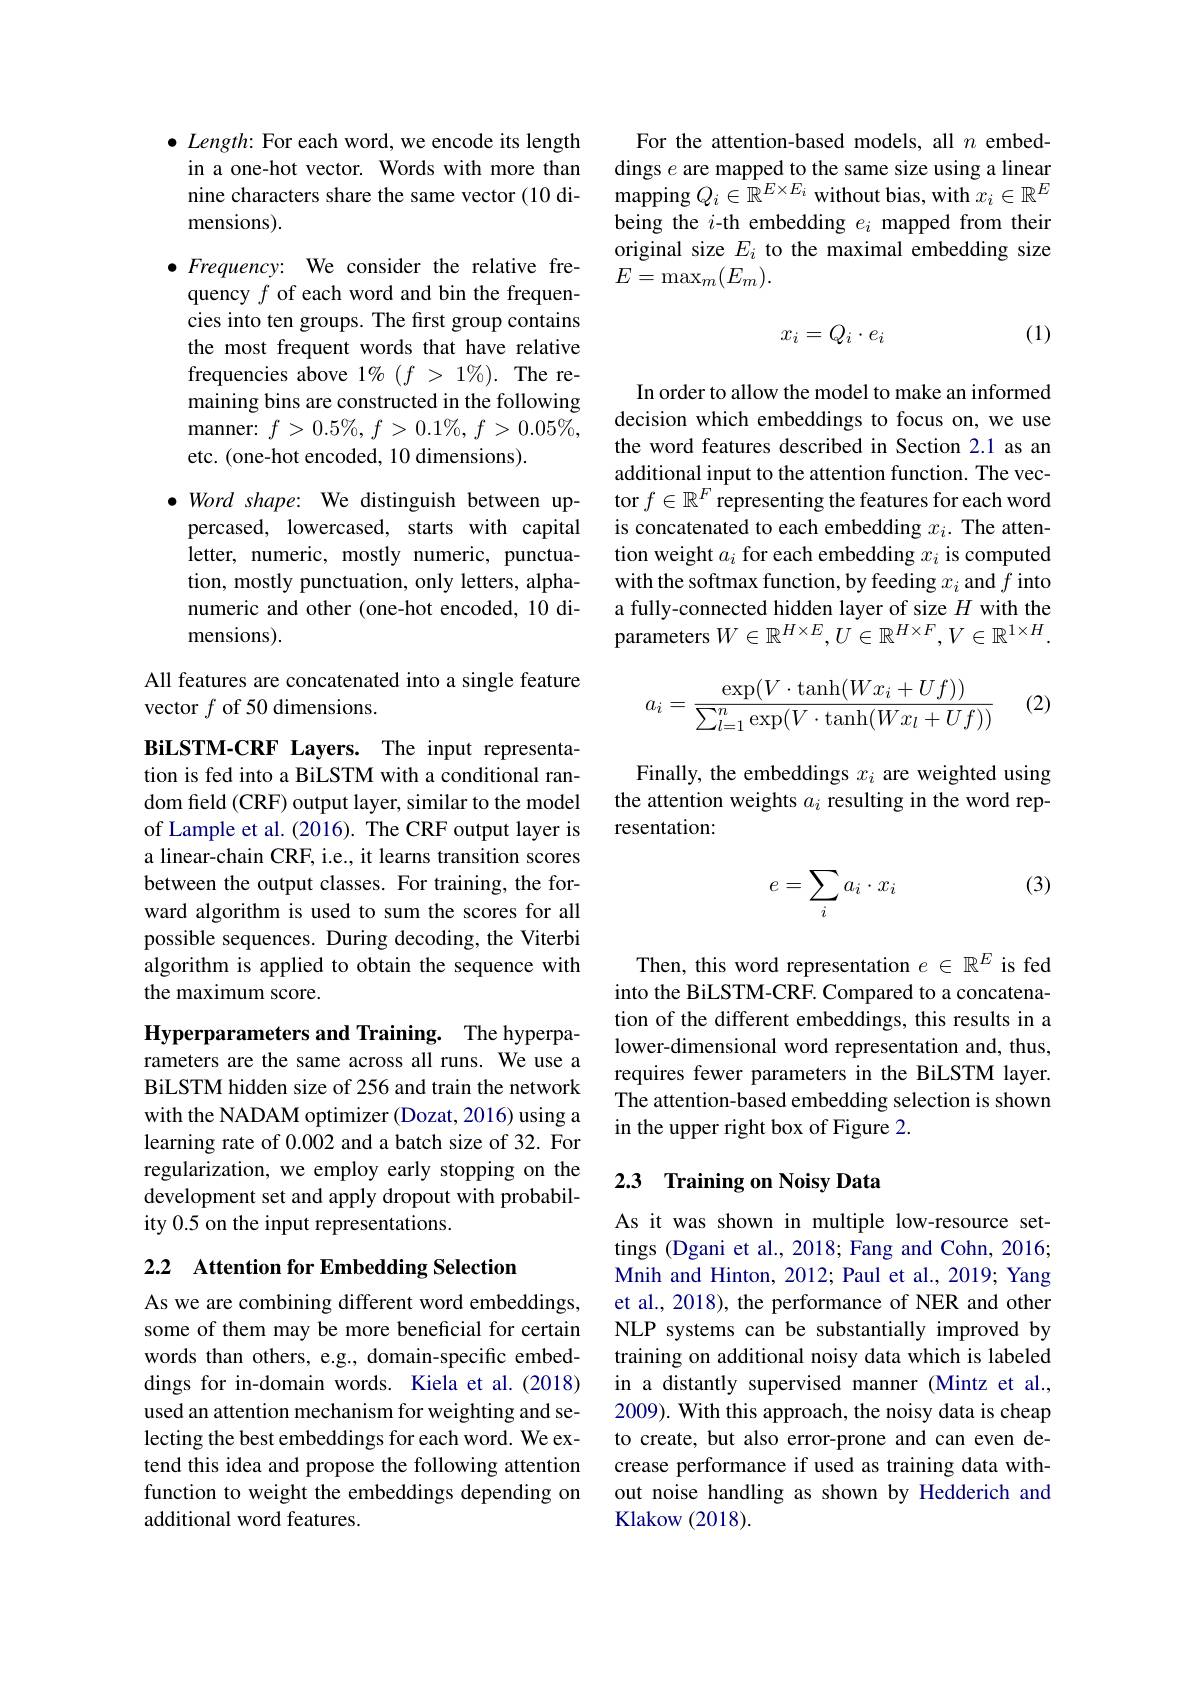
$\bullet$ Length: For each word, we encode its length in a one-hot vector. Words with more than nine characters share the same vector (10 dimensions).

$\bullet$ Frequency: We consider the relative frequency $f$ of each word and bin the frequencies into ten groups. The first group contains the most frequent words that have relative frequencies above 1% $( f$ > $1\% ) .$ The remaining bins are constructed in the following manner: $f>0.5\%,f>0.1\%,f>0.05\%$, etc. (one-hot encoded, 10 dimensions).
$\bullet$ Word shape: We distinguish between up-
percased, lowercased, starts with capital letter, numeric, mostly numeric, punctuation, mostly punctuation, only letters, alphanumeric and other (one-hot encoded, 10 dimensions).

All features are concatenated into a single feature
vector $f$ of 50 dimensions.

BiLSTM-CRF Layers. The input representation is fed into a BiLSTM with a conditional random field (CRF) output layer, similar to the model of Lample et al. (2016). The CRF output layer is a linear-chain CRF, i.e., it learns transition scores between the output classes. For training, the forward algorithm is used to sum the scores for all possible sequences. During decoding, the Viterbi algorithm is applied to obtain the sequence with the maximum score.

Hyperparameters and Training. The hyperparameters are the same across all runs. We use a BiLSTM hidden size of 256 and train the network with the NADAM optimizer (Dozat, 2016) using a learning rate of 0.002 and a batch size of 32. For regularization, we employ early stopping on the development set and apply dropout with probability 0.5 on the input representations.

## 2.2 Attention for Embedding Selection

As we are combining different word embeddings, some of them may be more beneficial for certain words than others, e.g., domain-specific embeddings for in-domain words. Kiela et al.(2018) used an attention mechanism for weighting and selecting the best embeddings for each word. We extend this idea and propose the following attention function to weight the embeddings depending on additional word features.

For the attention-based models, all $n$ embeddings $e$ are mapped to the same size using a linear ${\mathrm{mapping~}Q_i\in\mathbb{R}^{E\times E_i}}$ without bias, with $x_i\in\mathbb{R}^E$ being the $i$-th embedding $e_i$ mapped from their original size $E_i$ to the maximal embedding size $E=\max_{m}(E_{m}).$
$$x_i=Q_i\cdot e_i$$
(1)

In order to allow the model to make an informed decision which embeddings to focus on, we use the word features described in Section 2.1 as an additional input to the attention function. The vector $f\in\mathbb{R}^F$ representing the features for each word is concatenated to each embedding $x_i.$ The attention weight $a_i$ for each embedding $x_i$ is computed with the softmax function, by feeding $x_i$ and $f$ into a fully-connected hidden layer of size $H$ with the parameters $W\in\mathbb{R}^H\times E,U\in\mathbb{R}^{H\times F},V\in\mathbb{R}^{1\times H}.$
$$a_i=\dfrac{\exp(V\cdot\tanh(Wx_i+Uf))}{\sum_{l=1}^n\exp(V\cdot\tanh(Wx_l+Uf))}$$
(2)

Finally, the embeddings $x_i$ are weighted using the attention weights $a_i$ resulting in the word representation:

(3)
$$e=\sum_ia_i\cdot x_i$$
Then, this word representation $e\in\mathbb{R}^E$ is fed into the BiLSTM-CRF. Compared to a concatenation of the different embeddings, this results in a lower-dimensional word representation and, thus, requires fewer parameters in the BiLSTM layer. The attention-based embedding selection is shown in the upper right box of Figure 2.

## 2.3 Training on Noisy Data

As it was shown in multiple low-resource settings (Dgani et al., 2018; Fang and Cohn, 2016; Mnih and Hinton, 2012; Paul et al., 2019; Yang et al., 2018), the performance of NER and other NLP systems can be substantially improved by training on additional noisy data which is labeled in a distantly supervised manner (Mintz et al., 2009). With this approach, the noisy data is cheap to create, but also error-prone and can even decrease performance if used as training data without noise handling as shown by Hedderich and Klakow (2018).